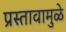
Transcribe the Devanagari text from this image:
प्रस्तावामुळे